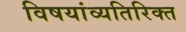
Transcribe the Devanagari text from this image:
विषयांव्यतिरिक्त